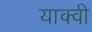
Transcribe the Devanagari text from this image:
याक्वी